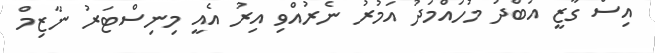
އިސް ގާޒީ އަބްދު މުހައްމަދު އަމުރު ނެރުއްވި އިރު އެއީ މިނިސްޓަރު ނާޒިމް